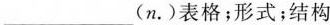
___(n.)表格；形式；结构